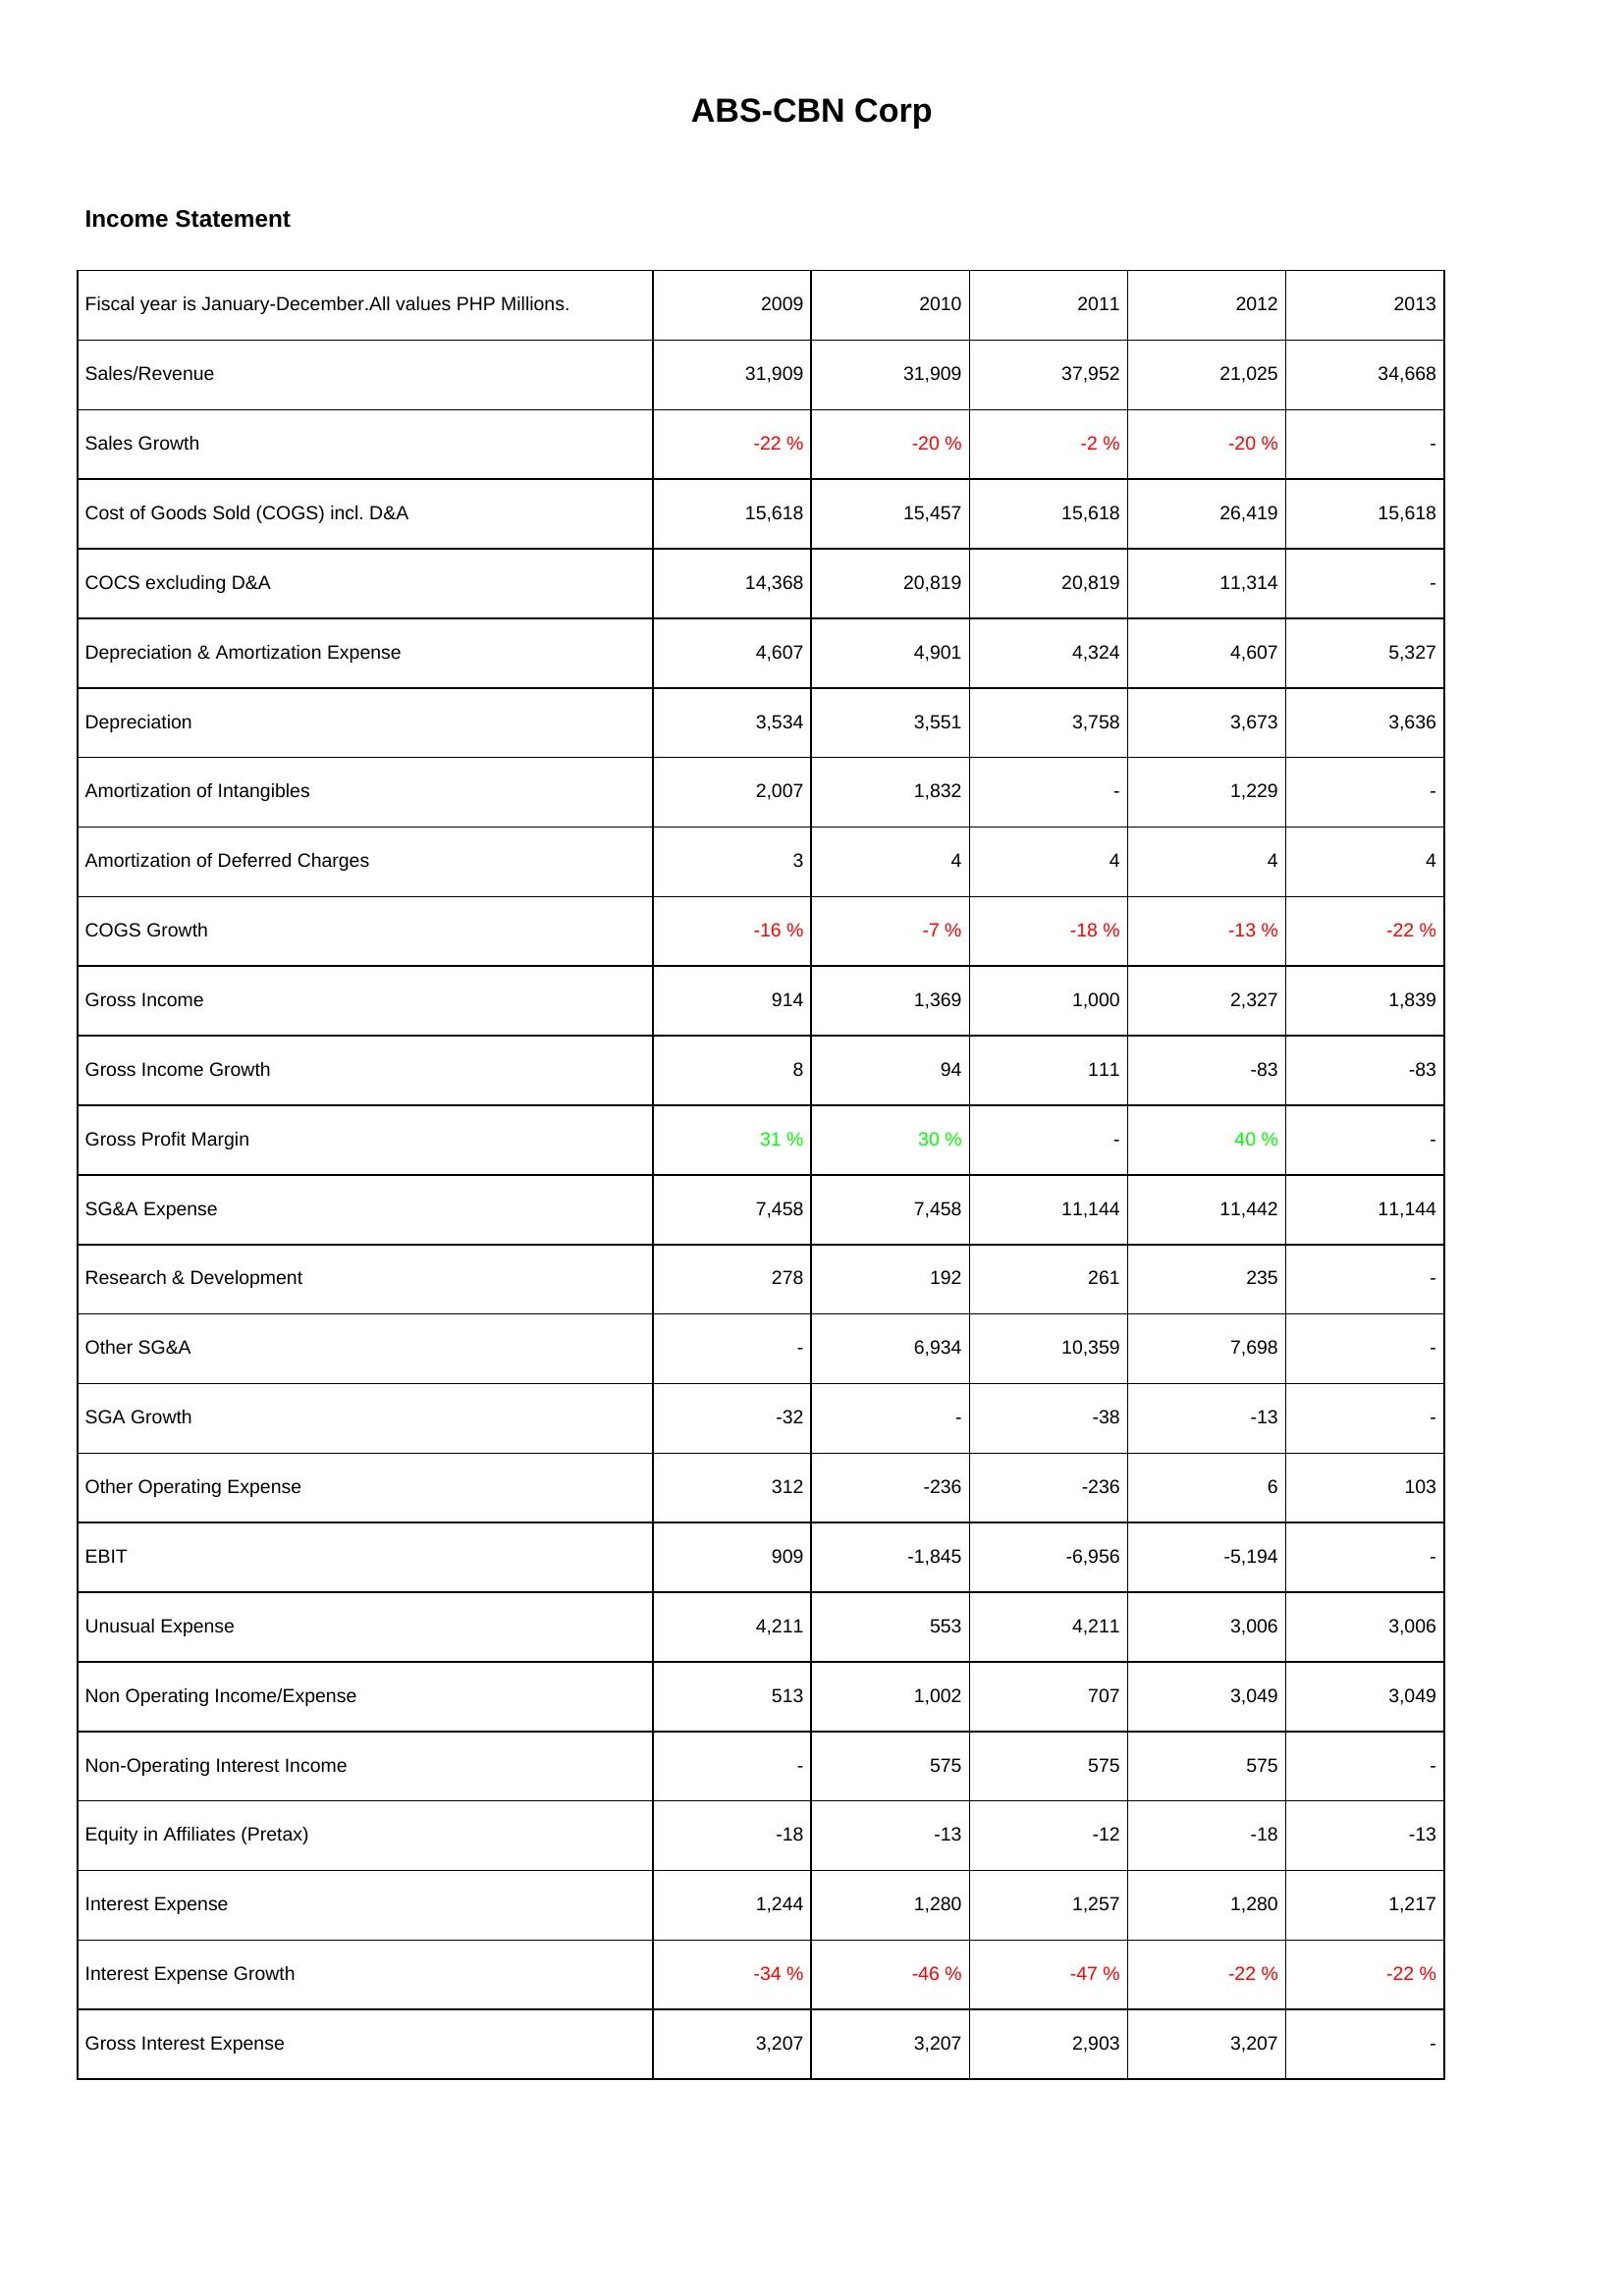
2009: Income Statement: Sales/Revenue: 31,909
Sales Growth: -22 %
Cost of Goods Sold (COGS) incl. D&A: 15,618
COCS excluding D&A: 14,368
Depreciation & Amortization Expense: 4,607
Depreciation: 3,534
Amortization of Intangibles: 2,007
Amortization of Deferred Charges: 3
COGS Growth: -16 %
Gross Income: 914
Gross Income Growth: 8
Gross Profit Margin: 31 %
SG&A Expense: 7,458
Research & Development: 278
Other SG&A: -
SGA Growth: -32
Other Operating Expense: 312
EBIT: 909
Unusual Expense: 4,211
Non Operating Income/Expense: 513
Non-Operating Interest Income: -
Equity in Affiliates (Pretax): -18
Interest Expense: 1,244
Interest Expense Growth: -34 %
Gross Interest Expense: 3,207
2010: Income Statement: Sales/Revenue: 31,909
Sales Growth: -20 %
Cost of Goods Sold (COGS) incl. D&A: 15,457
COCS excluding D&A: 20,819
Depreciation & Amortization Expense: 4,901
Depreciation: 3,551
Amortization of Intangibles: 1,832
Amortization of Deferred Charges: 4
COGS Growth: -7 %
Gross Income: 1,369
Gross Income Growth: 94
Gross Profit Margin: 30 %
SG&A Expense: 7,458
Research & Development: 192
Other SG&A: 6,934
SGA Growth: -
Other Operating Expense: -236
EBIT: -1,845
Unusual Expense: 553
Non Operating Income/Expense: 1,002
Non-Operating Interest Income: 575
Equity in Affiliates (Pretax): -13
Interest Expense: 1,280
Interest Expense Growth: -46 %
Gross Interest Expense: 3,207
2011: Income Statement: Sales/Revenue: 37,952
Sales Growth: -2 %
Cost of Goods Sold (COGS) incl. D&A: 15,618
COCS excluding D&A: 20,819
Depreciation & Amortization Expense: 4,324
Depreciation: 3,758
Amortization of Intangibles: -
Amortization of Deferred Charges: 4
COGS Growth: -18 %
Gross Income: 1,000
Gross Income Growth: 111
Gross Profit Margin: -
SG&A Expense: 11,144
Research & Development: 261
Other SG&A: 10,359
SGA Growth: -38
Other Operating Expense: -236
EBIT: -6,956
Unusual Expense: 4,211
Non Operating Income/Expense: 707
Non-Operating Interest Income: 575
Equity in Affiliates (Pretax): -12
Interest Expense: 1,257
Interest Expense Growth: -47 %
Gross Interest Expense: 2,903
2012: Income Statement: Sales/Revenue: 21,025
Sales Growth: -20 %
Cost of Goods Sold (COGS) incl. D&A: 26,419
COCS excluding D&A: 11,314
Depreciation & Amortization Expense: 4,607
Depreciation: 3,673
Amortization of Intangibles: 1,229
Amortization of Deferred Charges: 4
COGS Growth: -13 %
Gross Income: 2,327
Gross Income Growth: -83
Gross Profit Margin: 40 %
SG&A Expense: 11,442
Research & Development: 235
Other SG&A: 7,698
SGA Growth: -13
Other Operating Expense: 6
EBIT: -5,194
Unusual Expense: 3,006
Non Operating Income/Expense: 3,049
Non-Operating Interest Income: 575
Equity in Affiliates (Pretax): -18
Interest Expense: 1,280
Interest Expense Growth: -22 %
Gross Interest Expense: 3,207
2013: Income Statement: Sales/Revenue: 34,668
Sales Growth: -
Cost of Goods Sold (COGS) incl. D&A: 15,618
COCS excluding D&A: -
Depreciation & Amortization Expense: 5,327
Depreciation: 3,636
Amortization of Intangibles: -
Amortization of Deferred Charges: 4
COGS Growth: -22 %
Gross Income: 1,839
Gross Income Growth: -83
Gross Profit Margin: -
SG&A Expense: 11,144
Research & Development: -
Other SG&A: -
SGA Growth: -
Other Operating Expense: 103
EBIT: -
Unusual Expense: 3,006
Non Operating Income/Expense: 3,049
Non-Operating Interest Income: -
Equity in Affiliates (Pretax): -13
Interest Expense: 1,217
Interest Expense Growth: -22 %
Gross Interest Expense: -